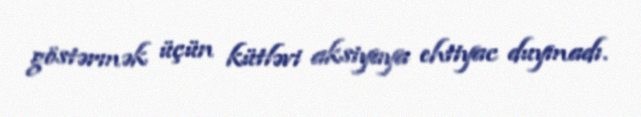
göstərmək üçün kütləvi aksiyaya ehtiyac duymadı.